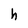
Character: h